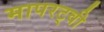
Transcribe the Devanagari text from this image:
मापरट्वी